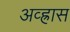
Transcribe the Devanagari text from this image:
अव्ह्रास